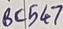
Text: BC547